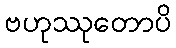
ဗဟုဿုတောပိ